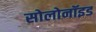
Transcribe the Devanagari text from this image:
सोलोनॉइड